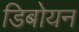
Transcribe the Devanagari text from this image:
डिबोयन